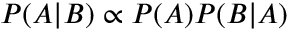
P ( A | B ) \propto P ( A ) P ( B | A )